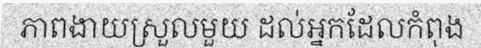
ភាពងាយស្រួលមួយ ដល់អ្នកដែលកំពុង